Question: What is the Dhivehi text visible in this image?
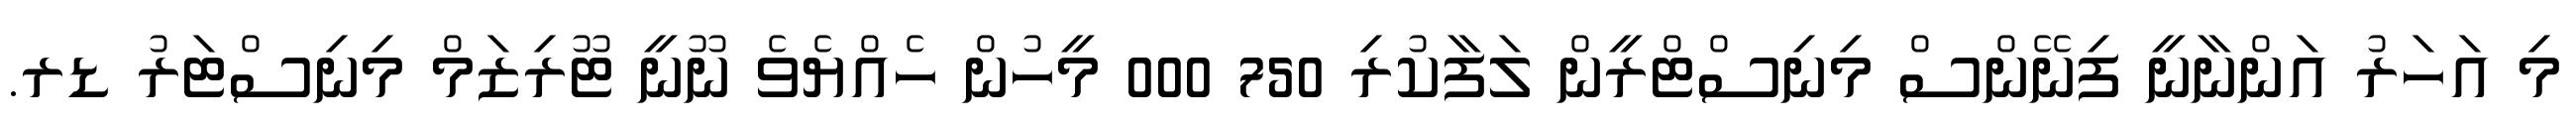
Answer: މި އަހަރު އަންނާނީ ފިނޭންސް މިނިސްޓްރީން ލަފާކުރި 750 000 މީހުން ހެއްޔެވެ ނޫނީ ޓޫރިޒަމް މިނިސްޓަރު ޑރ.